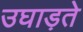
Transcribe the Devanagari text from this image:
उघाड़ते